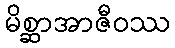
မိစ္ဆာအာဇီဝဿ